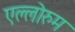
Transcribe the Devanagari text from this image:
एल्लोरुम